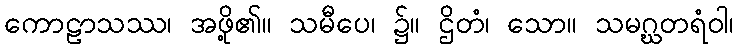
ကောဠာသဿ၊ အဖို့၏။ သမီပေ၊ ၌။ ဌိတံ၊ သော။ သမဂ္ဃတရံဝါ၊